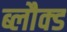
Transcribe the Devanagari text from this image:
ब्लौक्ड